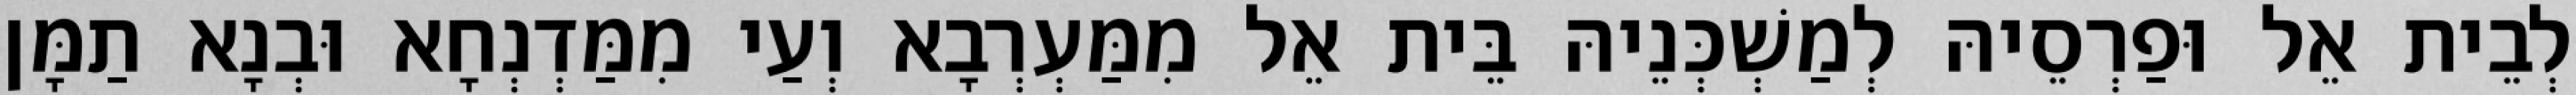
לְבֵית אֵל וּפַרְסֵיהּ לְמַשְׁכְּנֵיהּ בֵּית אֵל מִמַּעְרְבָא וְעַי מִמַּדְנְחָא וּבְנָא תַמָּן